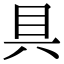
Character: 具